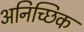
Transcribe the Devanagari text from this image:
अनिच्छिक